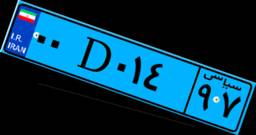
۰۰D۰۱۴۹۷